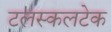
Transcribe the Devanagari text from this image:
टलस्कलटेक